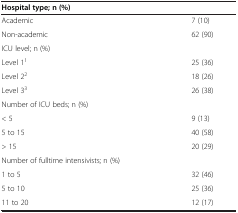
| <COLSPAN=2> Hospital type; n (%) |
 | --- | --- |
 | Academic | 7 (10) |
 | Non-academic | 62 (90) |
 | <COLSPAN=2> ICU level; n (%) |
 | Level 11 | 25 (36) |
 | Level 22 | 18 (26) |
 | Level 33 | 26 (38) |
 | <COLSPAN=2> Number of ICU beds; n (%) |
 | < 5 | 9 (13) |
 | 5 to 15 | 40 (58) |
 | > 15 | 20 (29) |
 | <COLSPAN=2> Number of fulltime intensivists; n (%) |
 | 1 to 5 | 32 (46) |
 | 5 to 10 | 25 (36) |
 | 11 to 20 | 12 (17) |